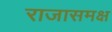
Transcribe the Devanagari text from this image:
राजासमक्ष